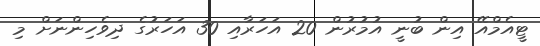
ޓީއެމްއޭ އިން ބުނީ އުމުރުން 20 އަހަރާއި 30 އަހަރުގެ ދިވެހިންނަށް މި